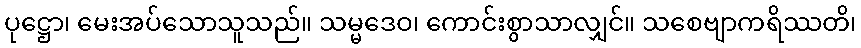
ပုဋ္ဌော၊ မေးအပ်သောသူသည်။ သမ္မဒေဝ၊ ကောင်းစွာသာလျှင်။ သစေဗျာကရိဿတိ၊